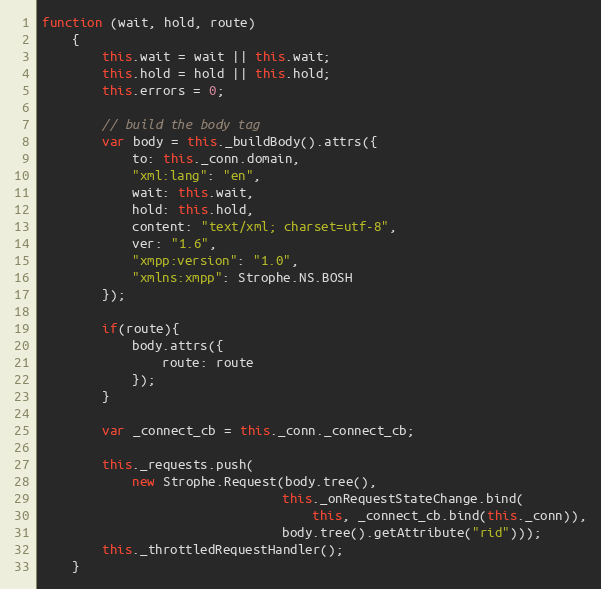
Language: JavaScript
function (wait, hold, route)
    {
        this.wait = wait || this.wait;
        this.hold = hold || this.hold;
        this.errors = 0;

        // build the body tag
        var body = this._buildBody().attrs({
            to: this._conn.domain,
            "xml:lang": "en",
            wait: this.wait,
            hold: this.hold,
            content: "text/xml; charset=utf-8",
            ver: "1.6",
            "xmpp:version": "1.0",
            "xmlns:xmpp": Strophe.NS.BOSH
        });

        if(route){
            body.attrs({
                route: route
            });
        }

        var _connect_cb = this._conn._connect_cb;

        this._requests.push(
            new Strophe.Request(body.tree(),
                                this._onRequestStateChange.bind(
                                    this, _connect_cb.bind(this._conn)),
                                body.tree().getAttribute("rid")));
        this._throttledRequestHandler();
    }